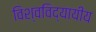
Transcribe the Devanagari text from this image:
विश्वविद्यायीय